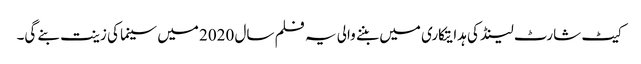
کیٹ شارٹ لینڈ کی ہدایتکاری میں بننے والی یہ فلم سال 2020 میں سینما کی زینت بنے گی۔